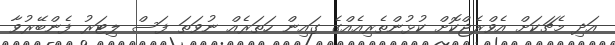
އަދި މެޗަކަށް އެވްރެޖްކޮށް ކުޅުންތެރިއެއްގެ ގައިން ހަތަރެއް ނުވަތަ ފަސް ލިޓަރު ފެންބޭރުވާ